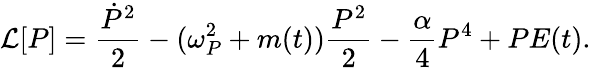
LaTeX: {\cal L}[P]=\frac{\dot{P}^{2}}{2}-(\omega_{P}^{2}+m(t))\frac{P^{2}}{2}-\frac{\alpha}{4}P^{4}+PE(t).